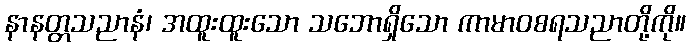
နာနတ္တသညာနံ၊ အထူးထူးသော သဘောရှိသော ကာမာဝစရသညာတို့ကို။